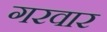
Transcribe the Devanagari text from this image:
गरवार